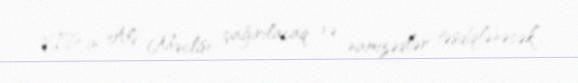
VİP-in Ali Məclisi çağırılacaq və namizədlər təsdiqlənəcək”.